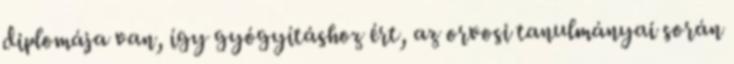
diplomája van, így gyógyításhoz ért, az orvosi tanulmányai során